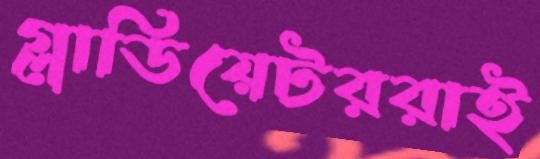
গ্লাডিয়েটররাই